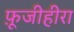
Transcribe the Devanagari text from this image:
फ़ूजीहीरा